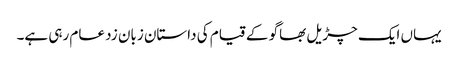
یہاں ایک چڑیل بھاگو کے قیام کی داستان زبان زد عام رہی ہے۔